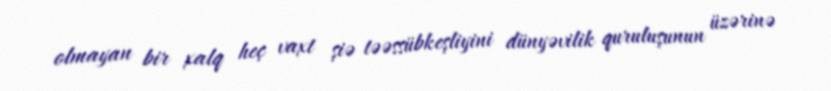
olmayan bir xalq heç vaxt şiə təəssübkeşliyini dünyəvilik quruluşunun üzərinə